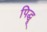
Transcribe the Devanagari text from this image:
पिद्धू